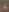
-